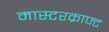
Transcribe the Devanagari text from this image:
मास्टरक्राफ्ट